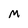
Character: M